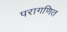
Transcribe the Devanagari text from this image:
परागणित